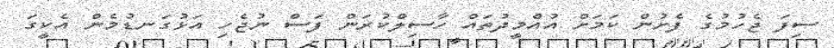
ސިފަ ޖެހުމުގެ ފެށުން ކަމަށް އުއްމީދުތައް ހާސިލްކުރަން ފަސް ނުޖެހި އަޅުގަނޑުމެން އެކީގަ